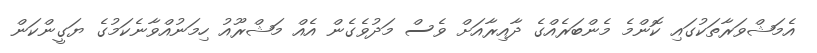
އެމަޝްވަރާތަކުގައި ކޮންމެ މެންބަރެއްގެ ދާއިރާއަށް ވެސް މަދުވެގެން އެއް މަޝްރޫއު ހިމަނުއްވާނެކަމުގެ ޔަގީންކަން